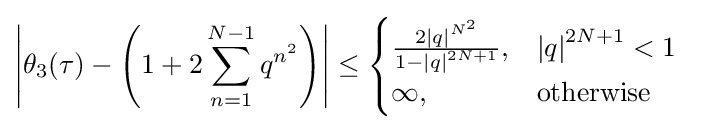
\left|\theta _{3}\!\left(\tau \right)-\left(1+2\sum _{n=1}^{N-1}{q}^{n^{2}}\right)\right|\leq {\begin{cases}{\frac {2{\left|q\right|}^{N^{2}}}{1-\left|q\right|^{2N+1}}},&\left|q\right|^{2N+1}<1\\\infty ,&{\text{otherwise}}\\\end{cases}}\;